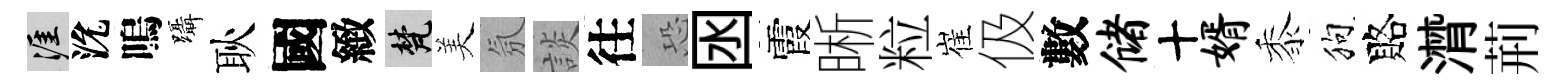
涯沇嗚躡耿國緻梵美氛談往恐囦霞晰粒崔伋數储十婿黍狗賂潸荊